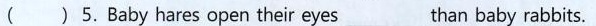
( ) 5.Baby hares open their eyes ___ than baby rabbits.